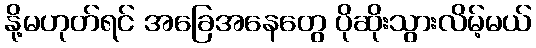
နို့မဟုတ်ရင် အခြေအနေတွေ ပိုဆိုးသွားလိမ့်မယ်